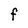
Character: F